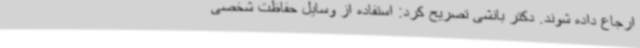
ارجاع داده شوند. دکتر بانشی تصریح کرد: استفاده از وسایل حفاظت شخصی